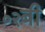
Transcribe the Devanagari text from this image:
०२बी